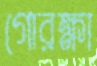
গোরক্ষা